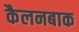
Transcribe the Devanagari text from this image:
कैलनबाक